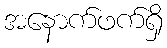
အနောက်ဖက်ရှိ